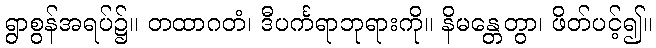
ရွာစွန်အရပ်၌။ တထာဂတံ၊ ဒီပင်္ကရာဘုရားကို။ နိမန္တေတွာ၊ ဖိတ်ပင့်၍။